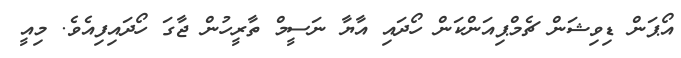
އޯޕަން ޑިވިޝަން ޗެމްޕިއަންކަން ހޯދައި އާޔާ ނަސީމް ތާރީހުން ޖާގަ ހޯދައިފިއެވެ. މިއީ